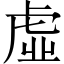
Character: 虛